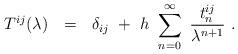
LaTeX: \begin{align*}T^{ij}(\lambda)~~=~~\delta_{ij}~+~h~ \sum _{n=0}^{\infty}~{t_n^{ij} \over\lambda^{n+1}}~.\end{align*}